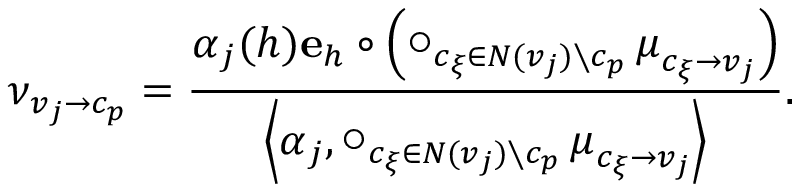
\boldsymbol { \nu } _ { v _ { j } \to c _ { p } } = \frac { \boldsymbol { \alpha } _ { j } ( h ) \ensuremath { \mathbf { e } } _ { h } \circ \left( \operatorname * { \bigcirc } _ { c _ { \xi } \in N ( v _ { j } ) \setminus c _ { p } } \boldsymbol { \mu } _ { c _ { \xi } \to v _ { j } } \right) } { \left\langle \boldsymbol { \alpha } _ { j } , \operatorname * { \bigcirc } _ { c _ { \xi } \in N ( v _ { j } ) \setminus c _ { p } } \boldsymbol { \mu } _ { c _ { \xi } \to v _ { j } } \right\rangle } .